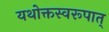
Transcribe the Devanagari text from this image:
यथोक्तस्वरूपात्‌